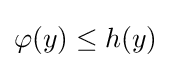
\varphi (y)\leq h(y)